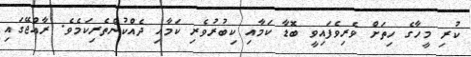
ކުރި މީހާގެ ހިތަށް ވެރިވެފައިވީ ބޮޑާ ކަމާއި ކިބުރުވެރި ކަމާއި ދެއްކުންތެރިކަމެވެ. ރާއްޖޭގައި